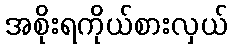
အစိုးရကိုယ်စားလှယ်